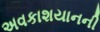
અવકાશયાનની